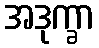
အဒုက္ခာ